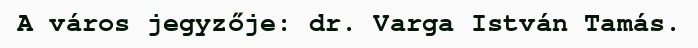
A város jegyzője: dr. Varga István Tamás.